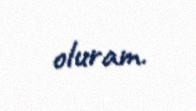
oluram.